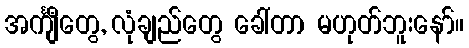
အင်္ကျီတွေ, လုံချည်တွေ ခေါ်တာ မဟုတ်ဘူးနော်။